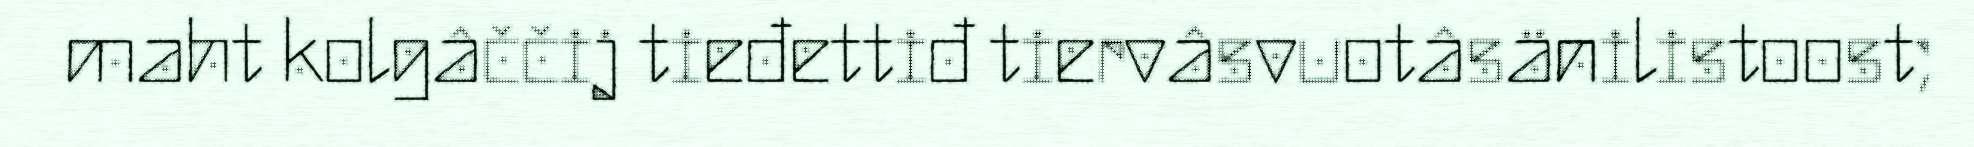
maht kolgâččij tieđettiđ tiervâsvuotâsänilistoost;